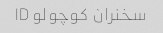
سخنران کوچولو ID